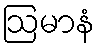
ဩမာနံ